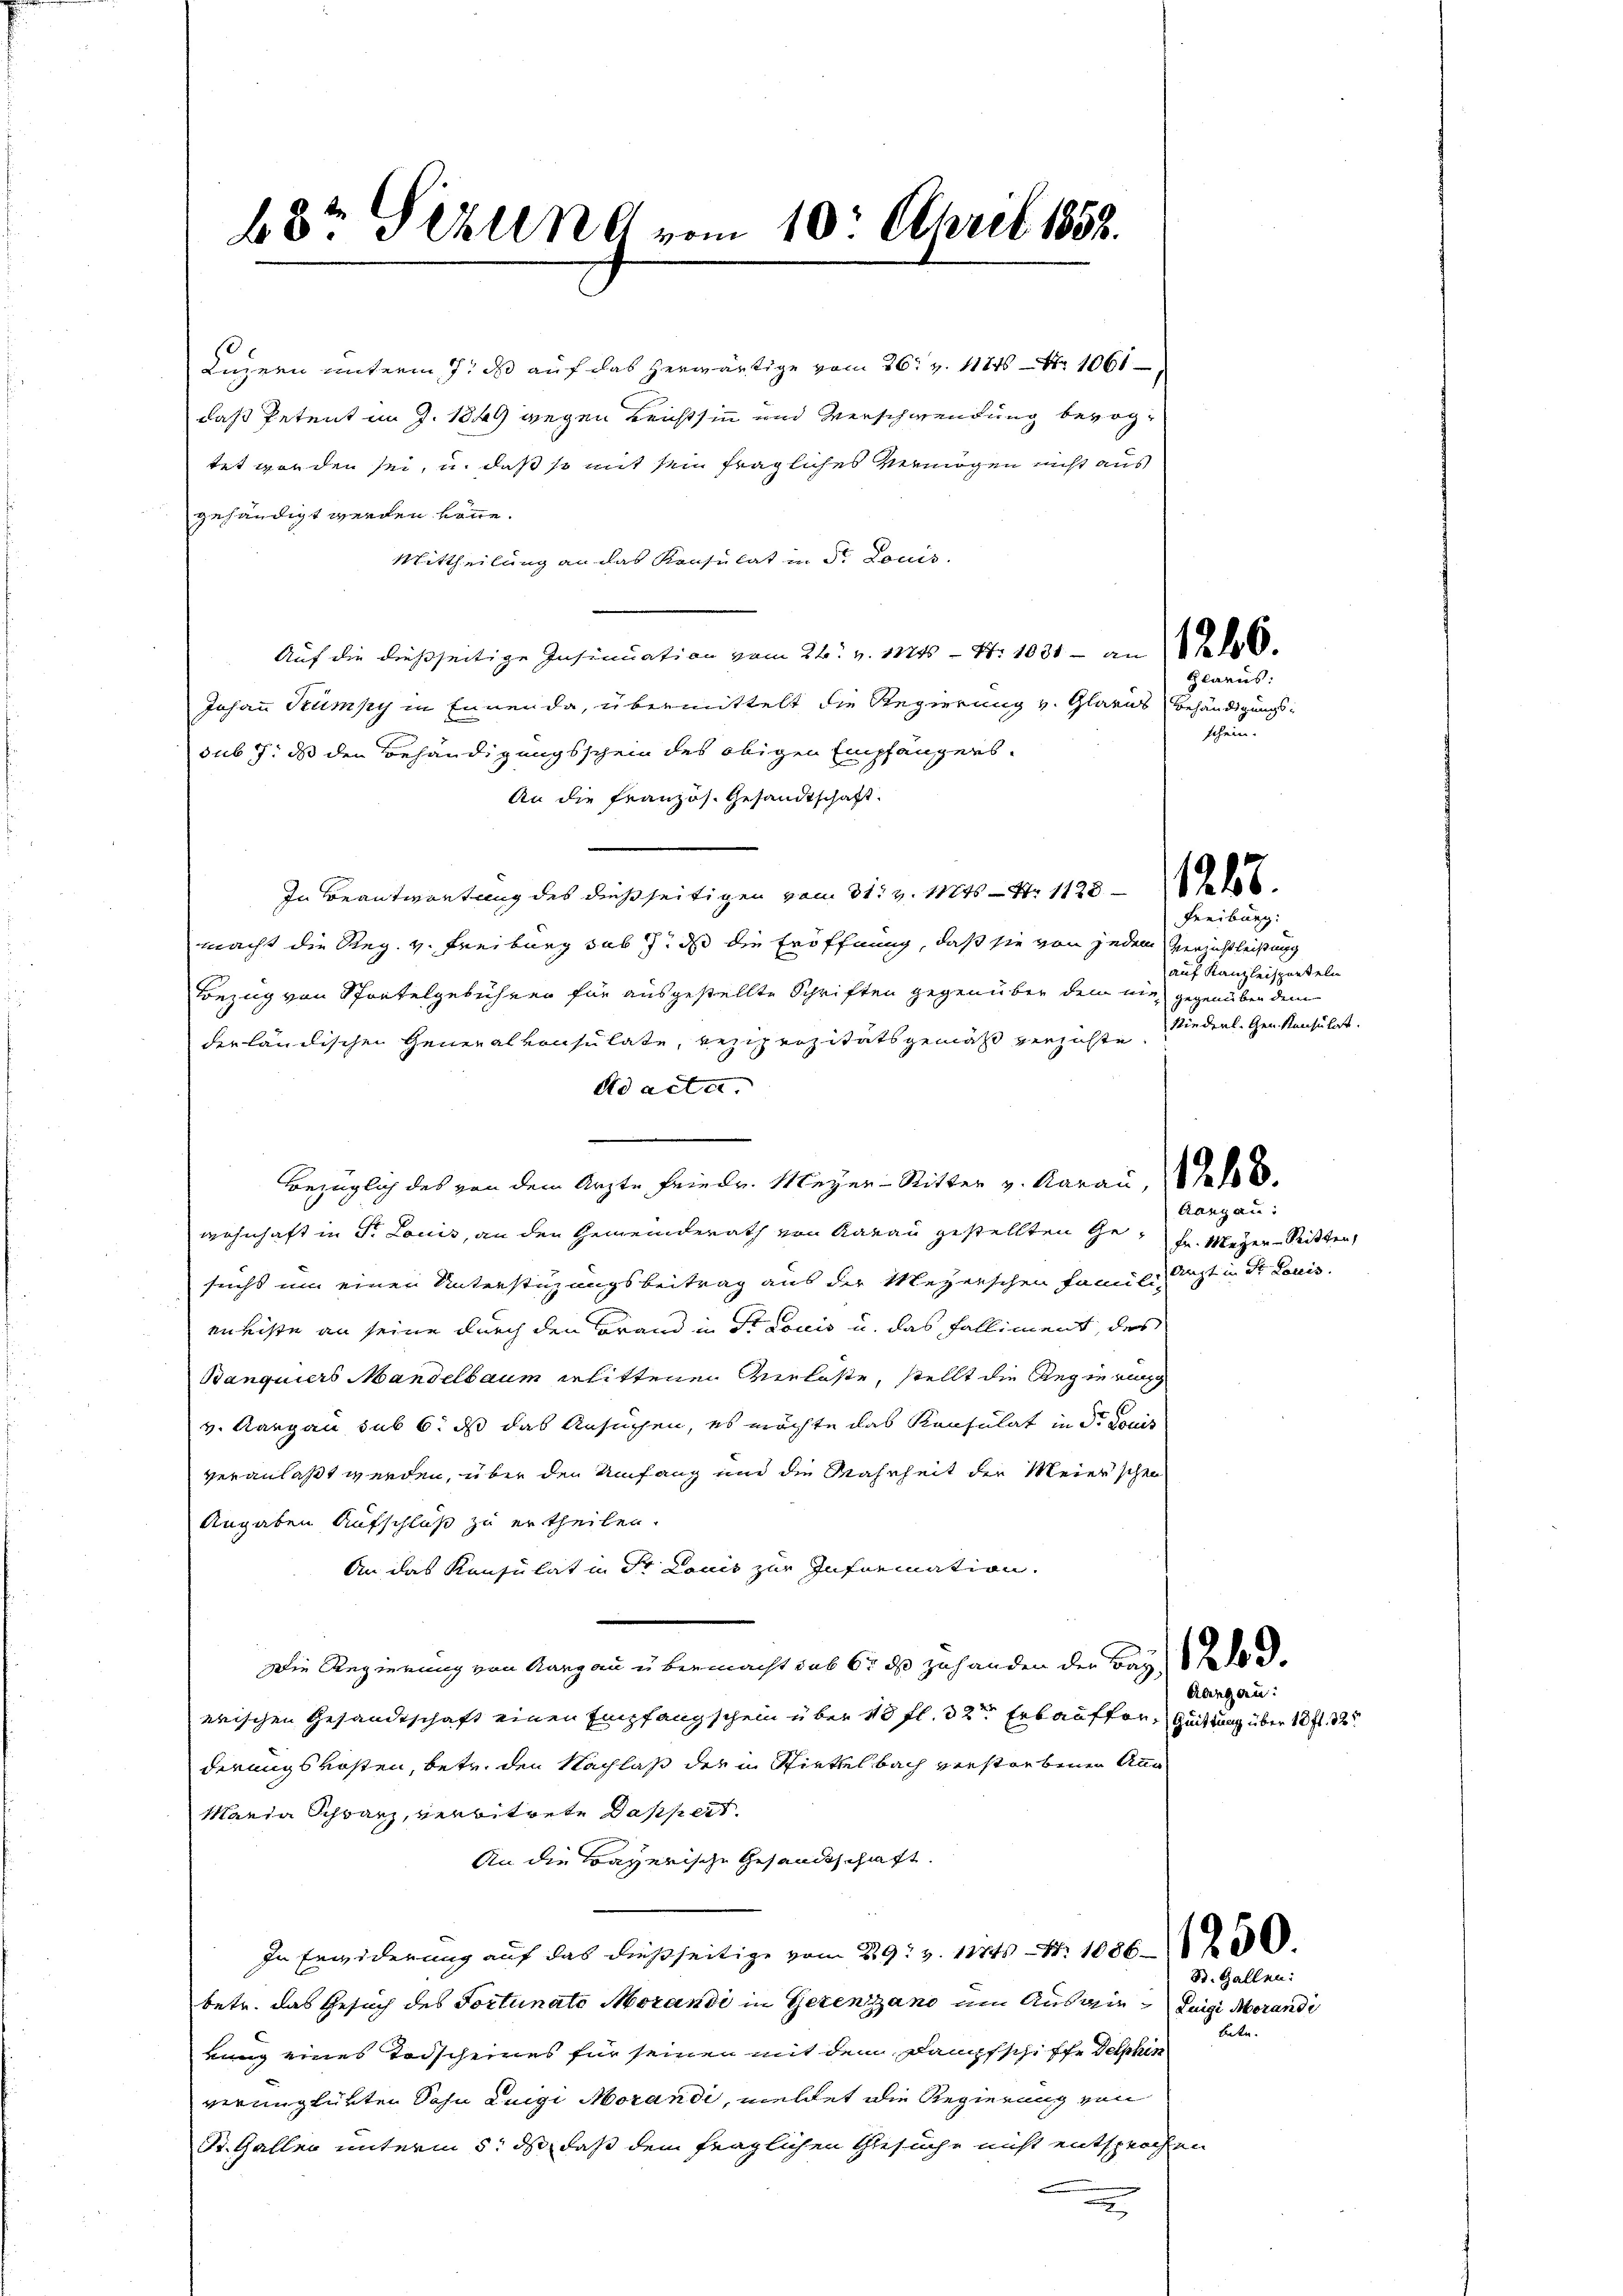
68t Setzung vom 10. April 1853.

Luzern unterm 7. ds auf das herwärtige vom 26. v. 1184. 1061
daß Petent im J. 1849 wegen Reichtsinn und Verschwendung bevogtet worden sei, u. daß so mit sein fragliches Vermögen nicht aus
gehändigt werden könne.
Mittheilung an das Konsulat in St. Louis
Auf die dießseitige Insinuation vom 24. v. 1824 - Nr. 1031 - an 10.
Johann Kumpy in Enner da, übermittelt die Regierung v. Glarus Behändigungssub 7: ds den Behändigungsschein des obigen Empfängers.
An die Französ. Gesandtschaft.
In Beantwortung des dießseitigen vom 31. v. Mts. - Nr. 1128 - 16.
macht die Reg. v. Freiburg sub J. daß die Eröffnung, daß sie von jedem Gerichtleisung
Bezug von Sportelgebühren für ausgestellte Schriften gegenüber den nie gegenüber dem
derländischen Generalkonsulate, reziprozitätsgemäß verzichte
Ad acta.
bezüglich des von dem Arzte Friedr. Meyer - Ritter v. Aarau, 16.
wohnhaft in Fr. Louis, an den Gemeinderath von Aarau gestellten Ge¬ Fr. Meyer-Sitten,
sucht um einen Unterstüzungsbeitrag aus der Meyerschen Famili ist in der Louis
enliste an seine durch den Brand in St. Louis u. das Falliment, des
Banquiers Mandelbaum erlittenen Verlaste, stellt die Regierung
v. Aargau sub 6. ds das Ansuchen, es möchte das Konsulat in d. Louis
veranlaßt werden, über den Umfang und die Wahrheit der Meierschen
Angaben Aufschluß zu ertheilen.
An das Konsulat in St. Louis zur Information.
Die Regierung von Aargau übermacht sub 65 des zuhanden der Bau de d.
wischen Gesandtschaft einen Empfangschein über 10 fl. 3 2ten Erbauffer, Quittung über 10 fl. 325
derungskosten, betr. den Nachlaß der in Stickelbach verstorbenen Ang
Maria Schwarz, verbitrete Dappert.
An die Bayerische Gesandtschaft.
In Erwiderung auf das dießseitige vom 29. v. 1114. 1056.
betr. das Gesuch des Tortunate Morandi in Gezengano um Ausein Luigi Morandi
kung eines Todscheines für seinen mit dem Dampfschiffe Delphin
verunglükten Sohn Luigi Morandi, meldet die Regierung von
St. Galler unterm 5. ds, daß dem fraglichen Gesuche nicht entsprochen
d

Glarus:
schen.

Freiburg:
auf Kanzleisporteln
Niederl. Gen. Konsulat.

Aargau:

Aargau:

St. Gallen:
bete.